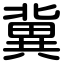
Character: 冀